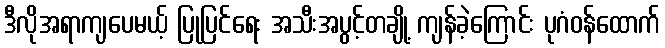
ဒီလိုအရာကျပေမယ့် ပြုပြင်ရေး အသီးအပွင့်တချို့ ကျန်ခဲ့ကြောင်း ပုဂံဝန်ထောက်